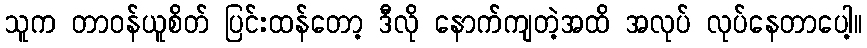
သူက တာဝန်ယူစိတ် ပြင်းထန်တော့ ဒီလို နောက်ကျတဲ့အထိ အလုပ် လုပ်နေတာပေါ့။